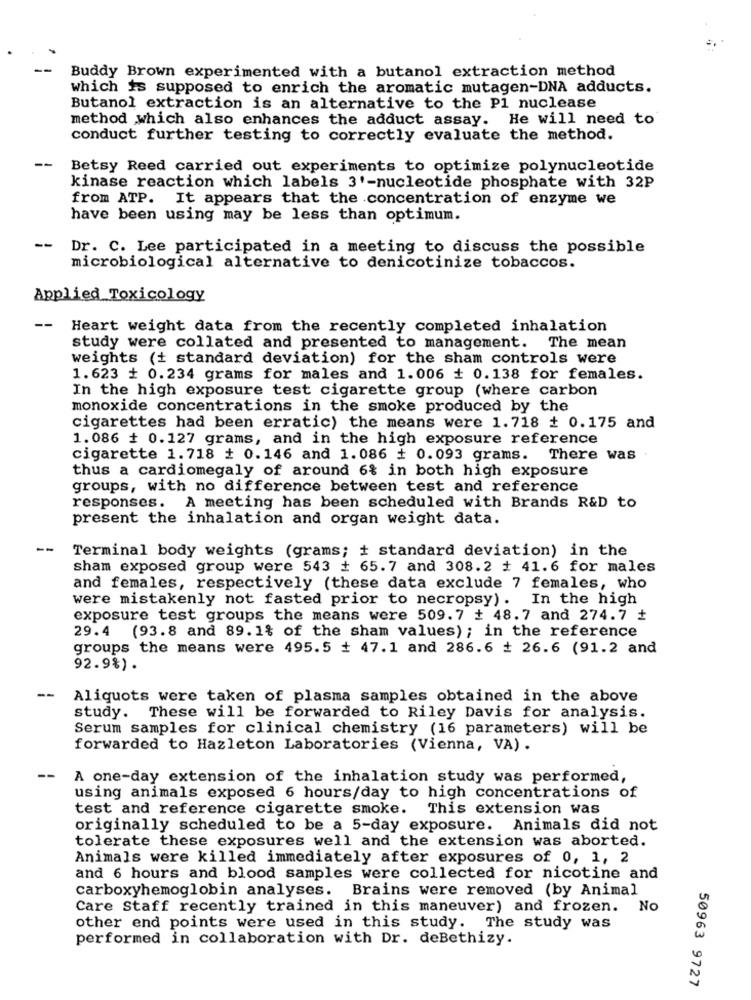
Buddy Brown experimented with a butanol extraction method
which is supposed to enrich the aromatic mutagen-DNA adducts.
Butanol extraction is an alternative to the Pl nuclease
method which also enhances the adduct assay. He will need to
conduct further testing to correctly evaluate the method.
--
Betsy Reed carried out experiments to optimize polynucleotide
kinase reaction which labels 3'-nucleotide phosphate with 32P
from ATP. It appears that the concentration of enzyme we
have been using may be less than optimum.
--
Dr. C. Lee participated in a meeting to discuss the possible
microbiological alternative to denicotinize tobaccos.
Applied Toxicology
--
Heart weight data from the recently completed inhalation
study were collated and presented to management. The mean
weights (+ standard deviation) for the sham controls were
1.623 + 0.234 grams for males and 1.006 + 0.138 for females.
In the high exposure test cigarette group (where carbon
monoxide concentrations in the smoke produced by the
cigarettes had been erratic) the means were 1.718 + 0.175 and
1.086 + 0.127 grams, and in the high exposure reference
cigarette 1.718 # 0.146 and 1.086 + 0.093 grams. There was
thus a cardiomegaly of around 6% in both high exposure
groups, with no difference between test and reference
responses. A meeting has been scheduled with Brands R&D to
present the inhalation and organ weight data.
--
Terminal body weights (grams; + standard deviation) in the
sham exposed group were 543 # 65.7 and 308.2 # 41.6 for males
and females, respectively (these data exclude 7 females, who
were mistakenly not fasted prior to necropsy). In the high
exposure test groups the means were 509.7 # 48.7 and 274.7 +
29.4 (93.8 and 89.1% of the sham values) ; in the reference
groups the means were 495.5 + 47.1 and 286.6 # 26.6 (91.2 and
92.9%) .
--
Aliquots were taken of plasma samples obtained in the above
study. These will be forwarded to Riley Davis for analysis.
Serum samples for clinical chemistry (16 parameters) will be
forwarded to Hazleton Laboratories (Vienna, VA) .
--
A one-day extension of the inhalation study was performed,
using animals exposed 6 hours/day to high concentrations of
test and reference cigarette smoke. This extension was
originally scheduled to be a 5-day exposure. Animals did not
tolerate these exposures well and the extension was aborted.
Animals were killed immediately after exposures of 0, 1, 2
and 6 hours and blood samples were collected for nicotine and
carboxyhemoglobin analyses. Brains were removed (by Animal
Care Staff recently trained in this maneuver) and frozen. No
other end points were used in this study. The study was
performed in collaboration with Dr. deBethizy.
50963 9727